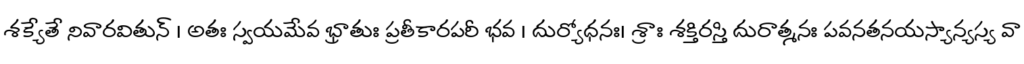
శక్యేతే నివారవితున్ । అతః స్వయమేవ భ్రాతుః ప్రతీకారపరీ భవ । దుర్యోధనః। శ్రాః శక్తిరస్తి దురాత్మనః పవనతనయస్యాన్యస్య వా